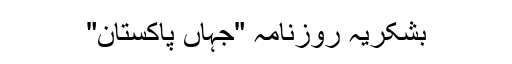
بشکریہ روزنامہ "جہاں پاکستان"